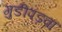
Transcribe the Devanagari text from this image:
गुडीपड़वा